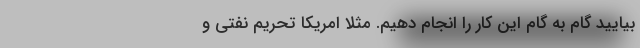
بیایید گام به گام این کار را انجام دهیم. مثلا امریکا تحریم نفتی و